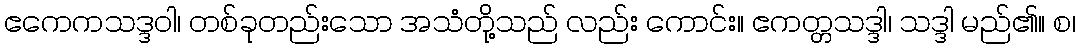
ဧကေကသဒ္ဒဝါ၊ တစ်ခုတည်းသော အသံတို့သည် လည်း ကောင်း။ ဧကတ္တသဒ္ဒါ၊ သဒ္ဒါ မည်၏။ စ၊